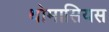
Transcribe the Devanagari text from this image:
थोमासियस